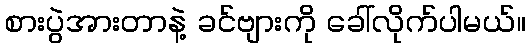
စားပွဲအားတာနဲ့ ခင်ဗျားကို ခေါ်လိုက်ပါမယ်။